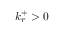
k _ { r } ^ { + } > 0